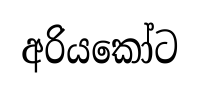
අරියකෝට